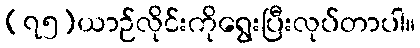
(၇၅)ယာဉ်လိုင်းကိုရွေးပြီးလုပ်တာပါ။